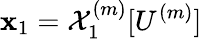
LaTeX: \mathbf{x}_{1}=\mathcal{{X}}_{1}^{(m)}[U^{(m)}]